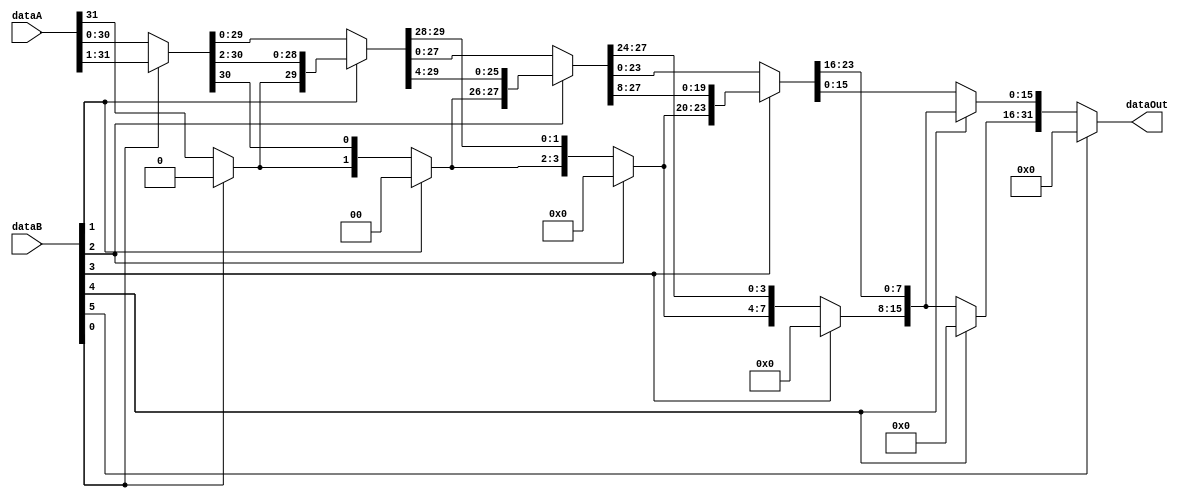
module Shifter( dataA, dataB, dataOut ) ;
  input [0:31] dataA, dataB ;
  output [31:0] dataOut ;
  wire [0:31] s0, s1, s2, s3, s4 ;
  
  assign s0[0] = (dataB[31] == 1) ? 0 : dataA[0] ;
  assign s0[1:31] = (dataB[31] == 1) ? dataA[0:30] : dataA[1:31] ; 
  
  assign s1[0:1] = (dataB[30] == 1) ? 0 : s0[0:1] ;
  assign s1[2:31] = (dataB[30] == 1) ? s0[0:29] : s0[2:31] ;
  
  assign s2[0:3] = (dataB[29] == 1) ? 0 : s1[0:3] ;
  assign s2[4:31] = (dataB[29] == 1) ? s1[0:27] : s1[4:31] ;
    
  assign s3[0:7] = (dataB[28] == 1) ? 0 : s2[0:7] ;
  assign s3[8:31] = (dataB[28] == 1) ? s2[0:23] : s2[8:31] ;
  
  assign s4[0:15] = (dataB[27] == 1) ? 0 : s3[0:15] ;
  assign s4[16:31] = (dataB[27] == 1) ? s3[0:15] : s3[16:31] ; 
    
  assign dataOut = ( dataB[26] == 1 ) ? 0 : s4 ;

endmodule